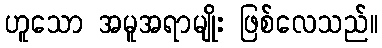
ဟူသော အမူအရာမျိုး ဖြစ်လေသည်။